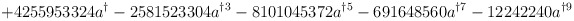
\begin{align*}+4255953324a^{\dag }-2581523304a^{\dag 3}-8101045372a^{\dag 5}-691648560a^{\dag 7}-12242240a^{\dag 9}\end{align*}